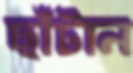
ছাঁটান